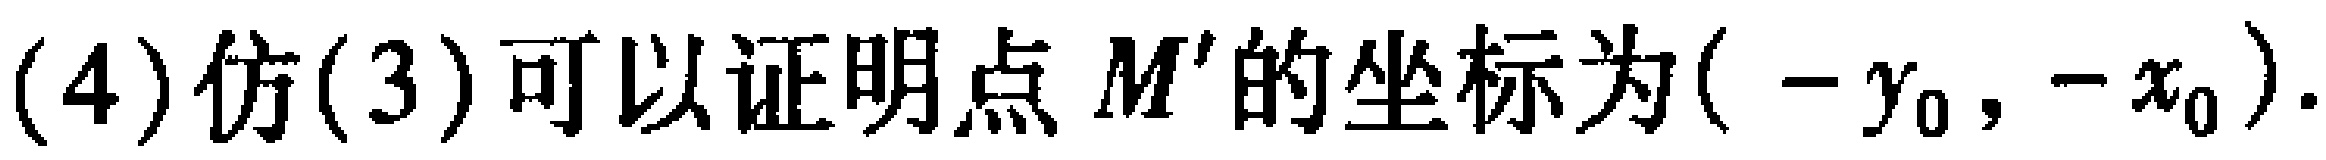
(4) 仿(3)可以证明点 \(M'\) 的坐标为\(( -y_0, -x_0)\).